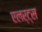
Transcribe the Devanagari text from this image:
एलर्ट्स